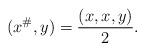
LaTeX: \begin{align*}(x^{\#}, y)=\frac{(x,x,y)}{2}.\end{align*}